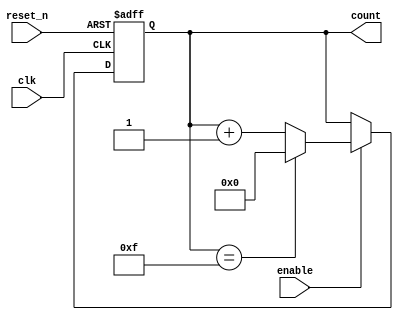
module async_counter #(
    parameter WIDTH = 4, // Number of bits for the counter
    parameter MAX_COUNT = (1 << WIDTH) - 1 // Maximum count value (2^WIDTH - 1)
)(
    input wire clk,          // Clock input
    input wire reset_n,     // Asynchronous reset (active low)
    input wire enable,       // Enable signal for counting
    output reg [WIDTH-1:0] count // Current count output
);

    // Asynchronous reset and counting logic
    always @(posedge clk or negedge reset_n) begin
        if (!reset_n) begin
            count <= 0; // Reset count to 0
        end else if (enable) begin
            if (count == MAX_COUNT) begin
                count <= 0; // Roll over to 0
            end else begin
                count <= count + 1; // Increment count
            end
        end
    end

endmodule